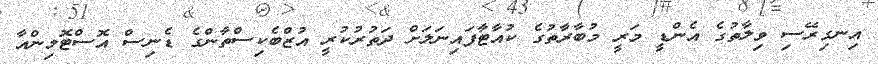
އިނގިރޭސި ވިލާތުގެ އެންޑީ މަރީ މުބާރާތުގެ ކުއާޓާފައިނަލަށް ދަތުރުކުރީ އުޒްބެކިސްތާންގެ ޑެނިސް އޮސްޓޮމިންއާ